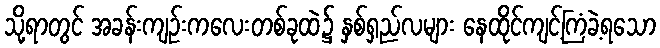
သို့ရာတွင် အခန်းကျဉ်းကလေးတစ်ခုထဲ၌ နှစ်ရှည်လများ နေထိုင်ကျင့်ကြံခဲ့ရသော